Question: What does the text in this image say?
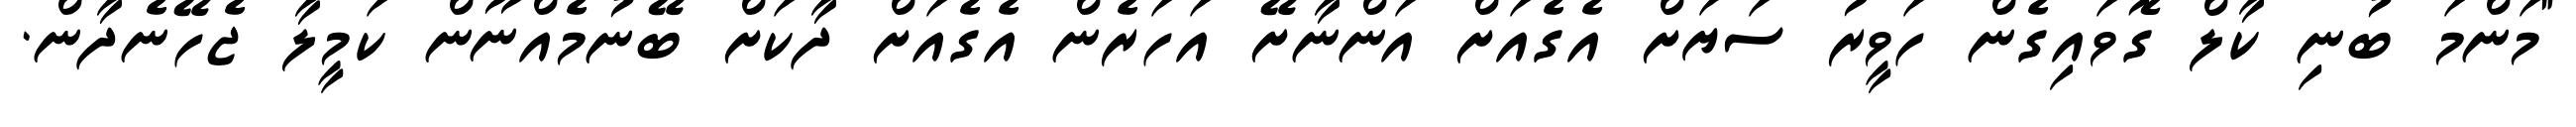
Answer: "މަންމަ ބުނި ކާލް ގޮވައިގެން ހަވީރު ސަޔަށް އެގެއަށް އަންނާށޭ އަހަރެން އެގެއަށް ދާކަށް ބޭނުމެއްނޫން ކަމީލާ ޖެހޭނެދާން.